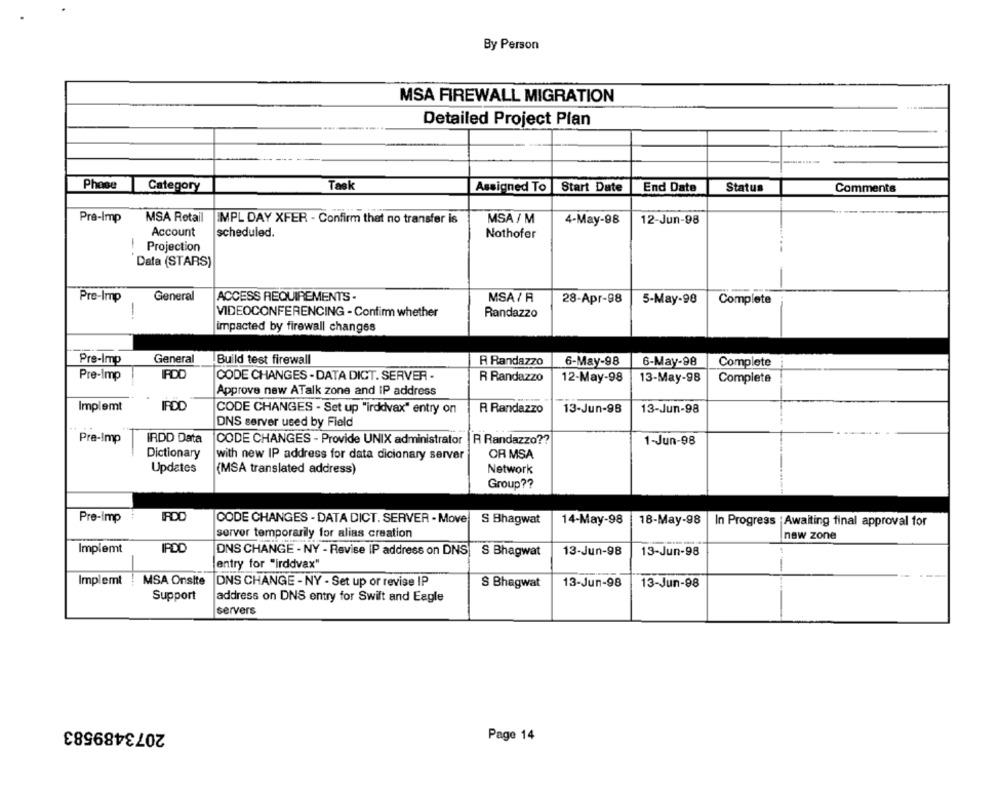
By Person
MSA FIREWALL MIGRATION
Detailed Project Plan
Phase
Category
Task
Assigned To
Start Date
End Date
Status
Comments
Pre-Imp
MSA Retail
IMPL DAY XFER - Confirm that no transfer is
MSA / M
4-May-98
12-Jun-98
Account
scheduled.
Nothofer
Projection
Data (STARS)
Pre-Imp
General
ACCESS REQUIREMENTS -
MSA/ A
28-Apr-98
5-May-98
Complete
-
VIDEOCONFERENCING - Confim whether
Randazzo
impacted by firewall changes
Pre-Imp
General
Build test firewall
R Randazzo
6-May-98
6-May-98
Complete
Pre-Imp
IRDO
CODE CHANGES - DATA DICT. SERVER -
R Randazzo
12-May-98
13-May-98
Complete
Approve new ATalk zone and IP address
Implemt
IFDO
CODE CHANGES - Set up "irddvax" entry on
R Randazzo
13-Jun-98
13-Jun-98
DNS server used by Field
Pre-Imp
IRDD Data
CODE CHANGES - Provide UNIX administrator | R Randazzo ??
1-Jun-98
Dictionary
with new IP address for data dicionary server
OR MSA
Updates
(MSA translated address)
Network
Group ??
Pre-Imp
IRDO
CODE CHANGES - DATA DICT. SERVER - Movel
S Bhagwat
14-May-98
18-May-98
In Progress |Awaiting final approval for
server temporarily for alias creation
new zone
Implemt
IPDO
DNS CHANGE - NY - Revise IP address on DNS| S Bhagwat
13-Jun-98
13-Jun-98
entry for "irddvax"
Implemt
MSA Onsite
DNS CHANGE - NY - Set up or revise IP
S Bhagwat
13-Jun-98
13-Jun-98
Support
address on DNS entry for Swift and Eagle
servers
2073489583
Page 14